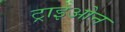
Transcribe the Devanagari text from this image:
ट्राइओन